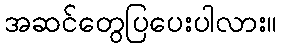
အဆင်တွေပြပေးပါလား။